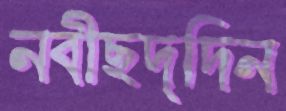
নবীছদ্দিন